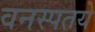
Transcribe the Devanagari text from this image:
वनस्पतये